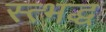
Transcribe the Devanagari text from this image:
स्त्भद्ध